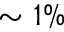
\sim 1 \%